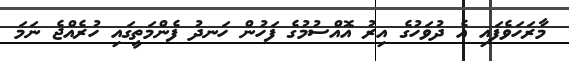
މާރަހަވެފައި އެ ދުވަހުގެ އިރު އޮއްސުމުގެ ފަހުން ހަނދު ފެންމަތީގައި ހުރެއްޖެ ނަމަ